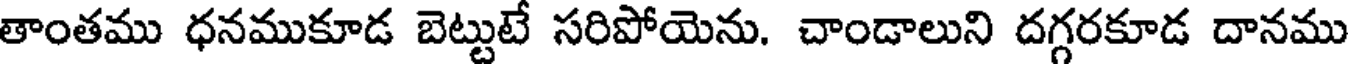
తాంతము ధనముకూడ బెట్టుటే సరిపోయెను. చాండాలుని దగ్గరకూడ దానము